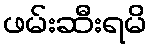
ဖမ်းဆီးရမိ